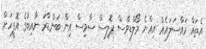
އެތައް މައްސަލައެއް އިއްޔެ މޯލްޑިވްސް ޕޮލިސް ސާވިސް އިން ބަންޑާރަ ނާއިބުގެ އޮފީހަށް